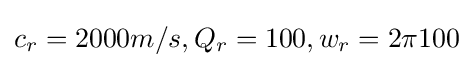
c_{r}=2000m/s,Q_{r}=100,w_{r}=2\pi 100